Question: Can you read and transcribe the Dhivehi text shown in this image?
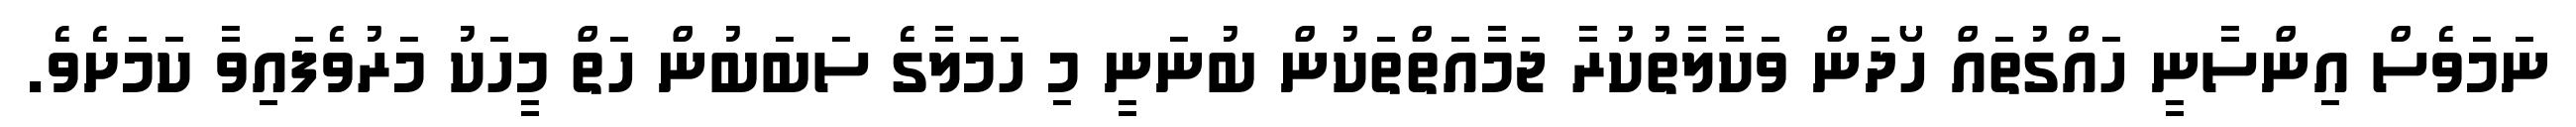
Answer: ނަމަވެސް އިންސާނީ ހައްގުތައް ހޯދަން ވަކާލާތުކުރާ ޖަމާއަތްތަކުން ބުނަނީ މި ހަމަލާގެ ސަބަބުން ހަތް މީހަކު މަރުވެފައިވާ ކަމަށެވެ.